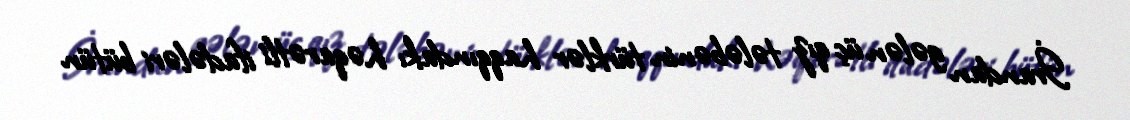
İrandan gələn üç qız tələbənin türklər haqqındakı həqarətli ifadələri bütün